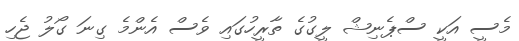
މެސީ އަކީ ސްޕެނިޝް ލީގުގެ ތާރީހުގައި ވެސް އެންމެ ގިނަ ގޯލު ޖެހި